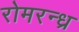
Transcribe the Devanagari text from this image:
रोमरन्ध्र